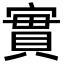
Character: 實